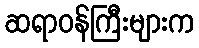
ဆရာဝန်ကြီးများက